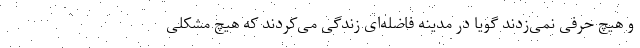
و هیچ حرفی نمی‌زدند گویا در مدینه فاضله‌ای زندگی می‌کردند که هیچ مشکلی